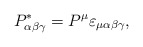
\begin{align*} P^\ast_{\alpha\beta\gamma}=P^\mu \varepsilon_{\mu\alpha\beta\gamma},\end{align*}